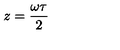
z = { \frac { \omega \tau } { 2 } }